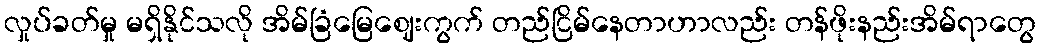
လှုပ်ခတ်မှု မရှိနိုင်သလို အိမ်ခြံမြေဈေးကွက် တည်ငြိမ်နေတာဟာလည်း တန်ဖိုးနည်းအိမ်ရာတွေ